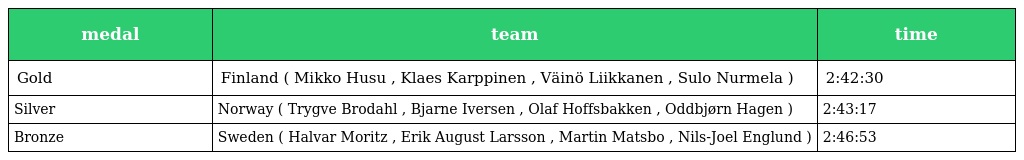
| medal | team | time |
 | --- | --- | --- |
 | Gold | Finland ( Mikko Husu , Klaes Karppinen , Väinö Liikkanen , Sulo Nurmela ) | 2:42:30 |
 | Silver | Norway ( Trygve Brodahl , Bjarne Iversen , Olaf Hoffsbakken , Oddbjørn Hagen ) | 2:43:17 |
 | Bronze | Sweden ( Halvar Moritz , Erik August Larsson , Martin Matsbo , Nils-Joel Englund ) | 2:46:53 |